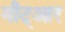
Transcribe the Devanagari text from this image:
मीट्आर